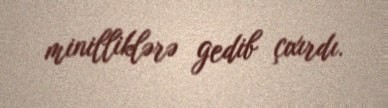
minilliklərə gedib çıxırdı.